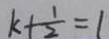
k + \frac { 1 } { 2 } = 1